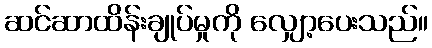
ဆင်ဆာထိန်းချုပ်မှုကို လျှော့ပေးသည်။